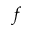
f